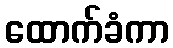
ထောက်ခံကာ